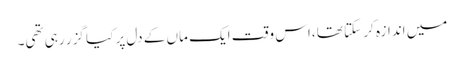
میں اندازہ کر سکتا تھا ،اس وقت ایک ماں کے دل پر کیا گزر رہی تھی۔